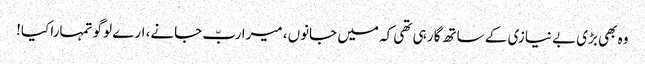
وہ بھی بڑی بے نیازی کے ساتھ گا رہی تھی کہ میں جانوں، میرا ربّ جانے، ارے لوگو تمہارا کیا!